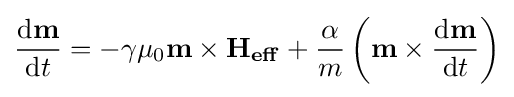
{\frac {\mathrm {d} \mathbf {m} }{\mathrm {d} t}}=-\gamma \mu _{0}\mathbf {m} \times \mathbf {H_{eff}} +{\frac {\alpha }{m}}\left(\mathbf {m} \times {\frac {\mathrm {d} \mathbf {m} }{\mathrm {d} t}}\right)